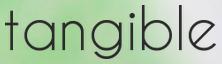
tangible